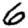
Digit: 6